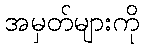
အမှတ်များကို